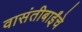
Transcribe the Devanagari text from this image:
वासंतीबाईंचे